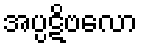
အပ္ပဋိဗလော